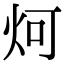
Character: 炣